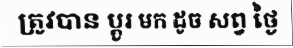
ត្រូវបាន ប្តូរ មក ដូច សព្វ ថ្ងៃ